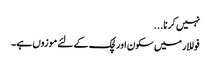
نہیں کرنا...
فوللار میں سکون اور لچک کے لئے موزوں ہے ۔